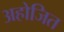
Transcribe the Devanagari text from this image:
अहोजित